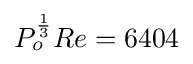
P_{o}^{1 \over 3}Re=6404